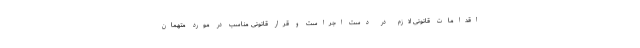
اقدامات قانونی لازم در دست اجراست و قرار قانونی مناسب در مورد متهمان